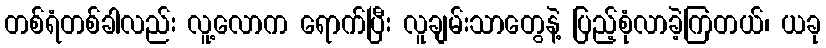
တစ်ရံတစ်ခါလည်း လူ့လောက ရောက်ပြီး လူချမ်းသာတွေနဲ့ ပြည့်စုံလာခဲ့ကြတယ်၊ ယခု